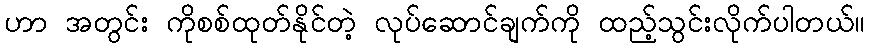
ဟာ အတွင်း ကိုစစ်ထုတ်နိုင်တဲ့ လုပ်ဆောင်ချက်ကို ထည့်သွင်းလိုက်ပါတယ်။